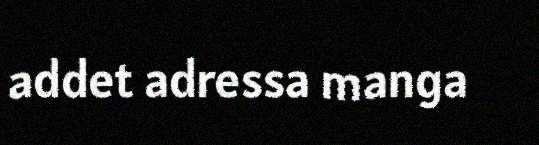
addet adressa manga